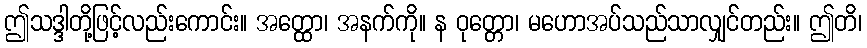
ဤသဒ္ဒါတို့ဖြင့်လည်းကောင်း။ အတ္ထော၊ အနက်ကို။ န ဝုတ္တော၊ မဟောအပ်သည်သာလျှင်တည်း။ ဤတိ၊